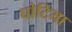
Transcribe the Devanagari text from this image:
घोटिया